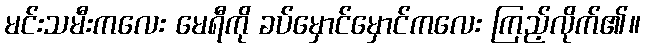
မင်းသမီးကလေး မေရီကို ခပ်မှောင်မှောင်ကလေး ကြည့်လိုက်၏။